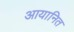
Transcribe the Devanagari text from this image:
आयानित